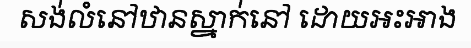
សង់លំនៅឋានស្នាក់នៅ ដោយអះអាង